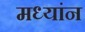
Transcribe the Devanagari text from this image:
मध्यांन